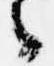
々